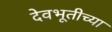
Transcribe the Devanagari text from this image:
देवभूतीच्या